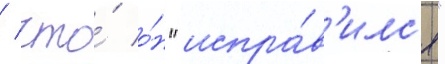
/ что́ о́н "испра́в'илс'я"